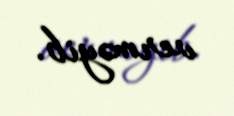
verməyib.